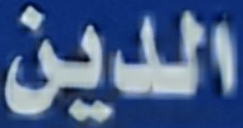
الدين